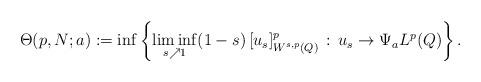
LaTeX: \begin{align*}\Theta(p,N;a) := \inf \left\{ \liminf_{s \nearrow 1} (1-s)\,[u_s]_{W^{s,p}(Q)}^p\,:\, u_s \to \Psi_a L^p(Q)\right\}.\end{align*}